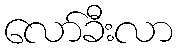
လော်ခီးလာ